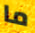
ما